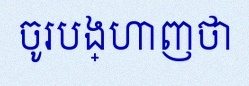
ចូរបង្ហាញថា